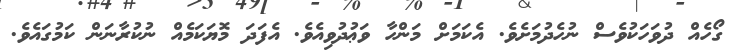
ގޯހެއް ދުވަހަކުވެސް ނުހެދުމަށެވެ. އެކަމަށް މަންހާ ވަޢުދުވިއެވެ. އެފަދަ މޮޔަކަމެއް ނުކުރާނަން ކަމުގައެވެ.